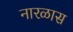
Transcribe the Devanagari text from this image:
नारळास